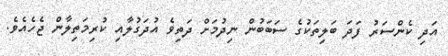
އަދި ކެންސަރު ފަދަ ބަލިތަކުގެ ސަބަބުން ނިދުމަށް ދަތިވެ އުދަގުލާއި ކުރިމަތިލާން ޖެހެއެވެ.